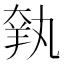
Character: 𦎃